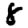
Digit: 8